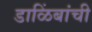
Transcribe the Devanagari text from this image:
डाळिंबांची